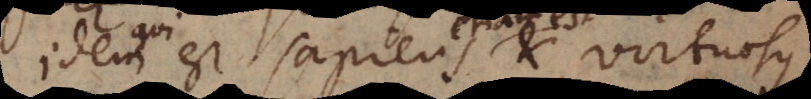
st sapiens et virtuosus,